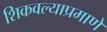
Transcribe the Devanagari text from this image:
शिकवल्याप्रमाणे